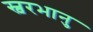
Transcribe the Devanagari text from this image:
स्वरभानु